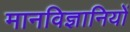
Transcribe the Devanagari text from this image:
मानविज्ञानियों